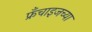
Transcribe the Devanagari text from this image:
फ्रँचाइजच्या